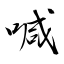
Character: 喊